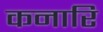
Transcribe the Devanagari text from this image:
कनारि